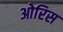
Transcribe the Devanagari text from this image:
ओरिस